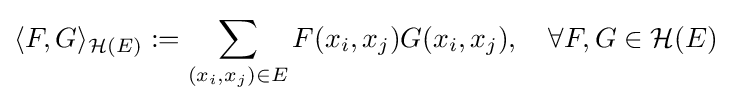
\langle F,G\rangle _{{\mathcal {H}}(E)}:=\sum _{(x_{i},x_{j})\in E}F(x_{i},x_{j})G(x_{i},x_{j}),\quad \forall F,G\in {\mathcal {H}}(E)